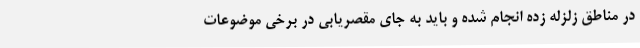
در مناطق زلزله زده انجام شده و باید به جای مقصریابی در برخی موضوعات